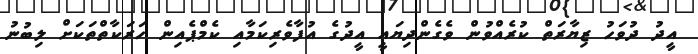
އީދު ދުވަހު ޒިޔާރަތް ކުރެއްވުން ވެގެންދިޔައީ އީދުގެ އުފާވެރިކަމާއި ކެމްޕެއިން ހަރަކާތްތަކަށް ލިބުނު